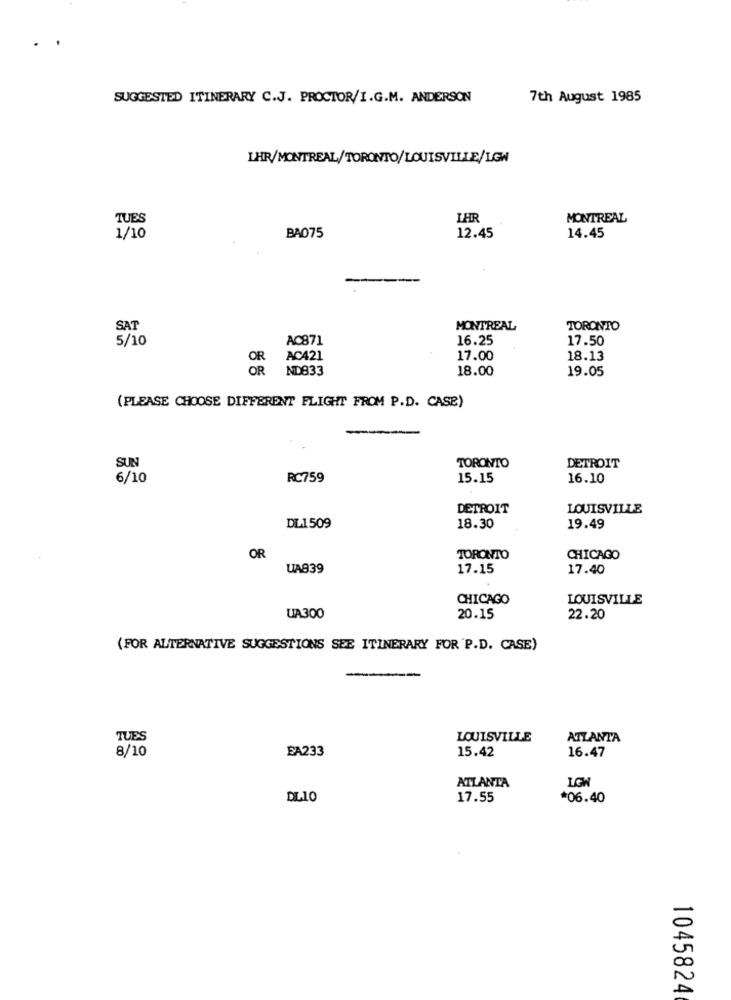
SUGGESTED ITINERARY C.J. PROCTOR/I.G.M. ANDERSON
7th August 1985
LHR/MONTREAL/TORONTO/LOUISVILLE/LGW
TUES
LHR
MONTREAL
1/10
BA075
12.45
14.45
SAT
MONTREAL
TORONTO
5/10
AC871
16.25
17.50
AC421
17.00
18.13
OR
ND833
18.00
19.05
(PLEASE CHOOSE DIFFERENT FLIGHT FROM P.D. CASE)
SUN
DETROIT
TORONTO
6/10
RC759
15.15
16.10
DETROIT
LOUISVILLE
DL1509
18.30
19.49
OR
TORONTO
CHICAGO
UA839
17.15
17.40
CHICAGO
LOUISVILLE
UA300
20.15
22.20
(FOR ALTERNATIVE SUGGESTIONS SEE ITINERARY FOR P.D. CASE)
TUES
LOUISVILLE
ATLANTA
8/10
EA233
15.42
16.47
ATLANTA
LGW
DL10
17.55
*06.40
1045824